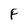
Character: F